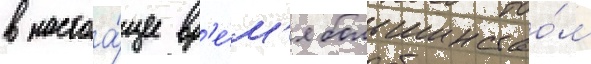
в настоа́щее вр'е́м'я большинство́м